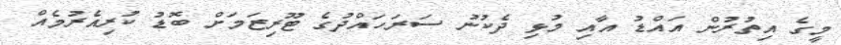
މީގެ އިތުރުން އައްޑު އާއި މުޅި ދެކުނު ސަރަހައްދުގެ ޓޫރިޒަމަށް ބޮޑު ކުރިއެރުމެއް